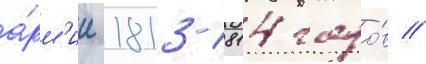
а́рм'ии 1813-1814 годо́в //